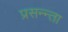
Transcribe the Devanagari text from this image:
प्रसन्न्ता